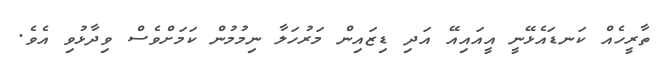
ތާރީހެއް ކަނޑައެޅޭނީ އީއައިއޭ އަދި ޑިޒައިން މަރުހަލާ ނިމުމުން ކަމަަށްވެސް ވިދާޅުވި އެވެ.